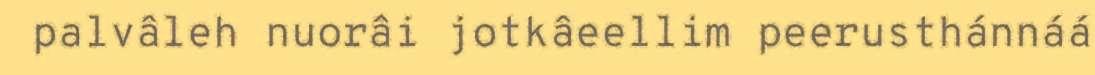
palvâleh nuorâi jotkâeellim peerusthánnáá